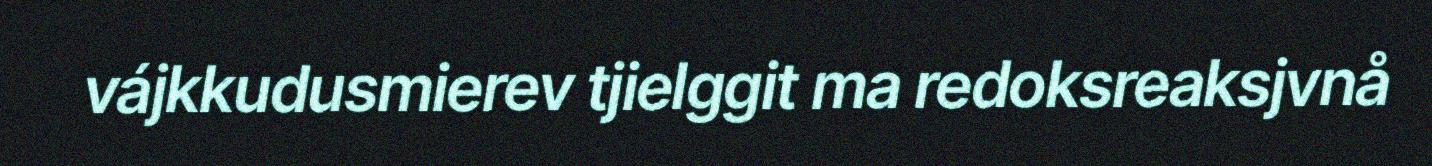
vájkkudusmierev tjielggit ma redoksreaksjvnå